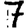
Digit: 7